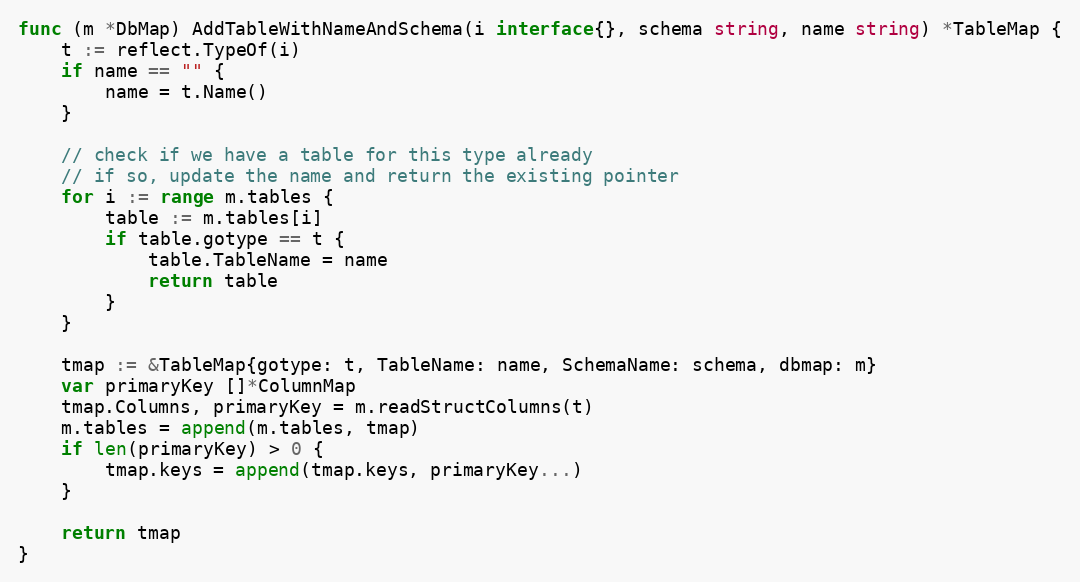
Language: Go
func (m *DbMap) AddTableWithNameAndSchema(i interface{}, schema string, name string) *TableMap {
	t := reflect.TypeOf(i)
	if name == "" {
		name = t.Name()
	}

	// check if we have a table for this type already
	// if so, update the name and return the existing pointer
	for i := range m.tables {
		table := m.tables[i]
		if table.gotype == t {
			table.TableName = name
			return table
		}
	}

	tmap := &TableMap{gotype: t, TableName: name, SchemaName: schema, dbmap: m}
	var primaryKey []*ColumnMap
	tmap.Columns, primaryKey = m.readStructColumns(t)
	m.tables = append(m.tables, tmap)
	if len(primaryKey) > 0 {
		tmap.keys = append(tmap.keys, primaryKey...)
	}

	return tmap
}